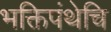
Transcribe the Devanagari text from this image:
भक्तिपंथेचि